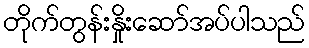
တိုက်တွန်းနှိုးဆော်အပ်ပါသည်